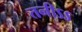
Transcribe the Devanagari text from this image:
तनीऽऽ